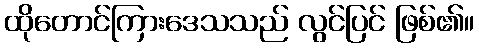
ထိုတောင်ကြားဒေသသည် လွင်ပြင် ဖြစ်၏။